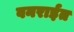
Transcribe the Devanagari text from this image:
वनराईत